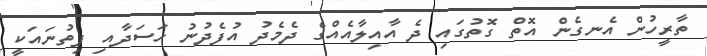
ތާރީހުން އެނގެން އޮތް ގޮތުގައި ދެ އާއިލާއެއްގެ ދެމެދު އުފެދުނު ހަސަދާއި ފިތުނައަކީ